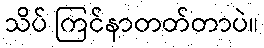
သိပ် ကြင်နာတတ်တာပဲ။